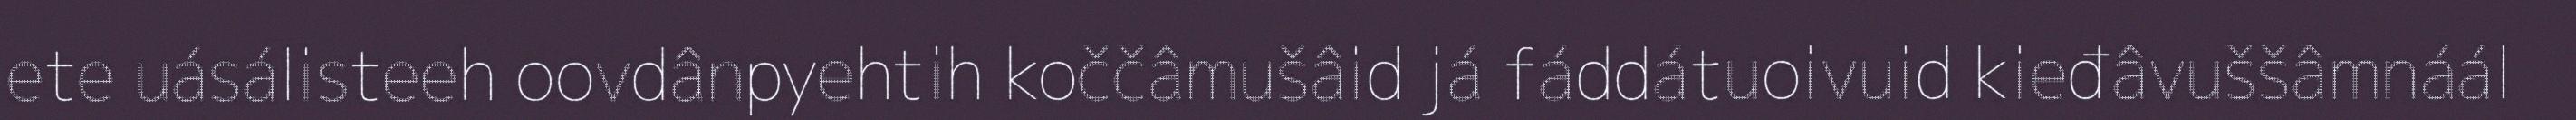
ete uásálisteeh oovdânpyehtih koččâmušâid já fáddátuoivuid kieđâvuššâmnáál